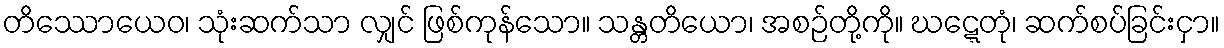
တိဿောယေဝ၊ သုံးဆက်သာ လျှင် ဖြစ်ကုန်သော။ သန္တတိယော၊ အစဉ်တို့ကို။ ဃဋ္ဋေတုံ၊ ဆက်စပ်ခြင်းငှာ။